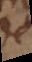
de